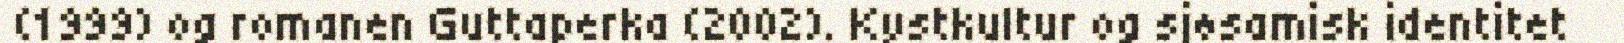
(1999) og romanen Guttaperka (2002). Kystkultur og sjøsamisk identitet